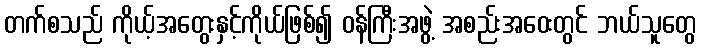
တက်စသည် ကိုယ့်အတွေးနှင့်ကိုယ်ဖြစ်၍ ဝန်ကြီးအဖွဲ့ အစည်းအဝေးတွင် ဘယ်သူတွေ